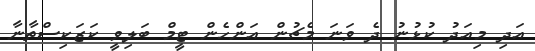
އަދި މިއަދު ކުޅުނު ދެ ވަނަ މެޗުން އަންހެން ޓީމް ބަލިވީ ކަޒަކިސްތާނާ